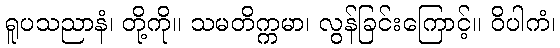
ရူပသညာနံ၊ တို့ကို။ သမတိက္ကမာ၊ လွန်ခြင်းကြောင့်။ ဝိပါကံ၊